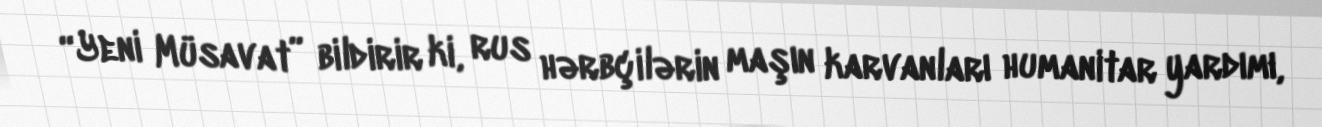
“Yeni Müsavat” bildirir ki, rus hərbçilərin maşın karvanları humanitar yardımı,